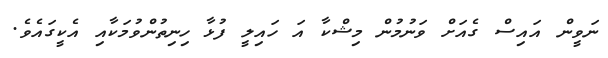
ނަވީން އައިސް ގެއަށް ވަނުމުން މިޝްކާ އަ ހައިލީ ފުޅާ ހިނިތުންވުމަކާއި އެކީގައެވެ.